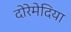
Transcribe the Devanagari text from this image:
दोरेमेदिया